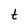
Character: t